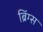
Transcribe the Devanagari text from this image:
ब्रिंग्स